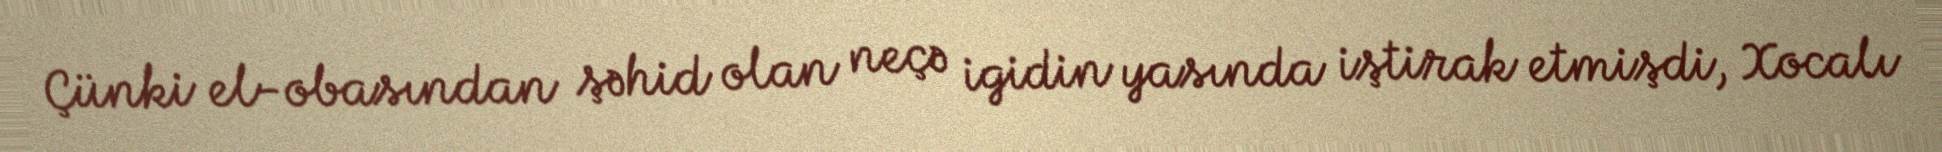
Çünki el-obasından şəhid olan neçə igidin yasında iştirak etmişdi, Xocalı